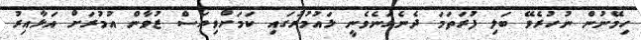
ހިމޭނުން ނުހުރެވޭ ބަލި ފުރަތަމަ ދެނެގަނެވެނީ ޅައުމުރުގައި ކަމަށްވިޔަސް ޒުވާން އުމުރަށް އަޅާއިރު